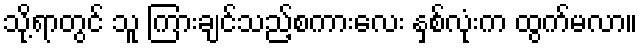
သို့ရာတွင် သူ ကြားချင်သည့်စကားလေး နှစ်လုံးက ထွက်မလာ။